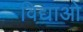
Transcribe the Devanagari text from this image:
विद्याओ